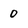
Character: 0